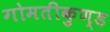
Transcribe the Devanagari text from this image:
गोमतीकुण्ड